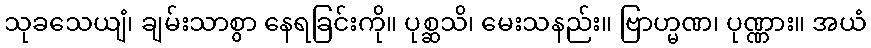
သုခသေယျံ၊ ချမ်းသာစွာ နေရခြင်းကို။ ပုစ္ဆသိ၊ မေးသနည်း။ ဗြာဟ္မဏ၊ ပုဏ္ဏား။ အယံ